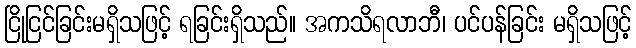
ငြိုငြင်ခြင်းမရှိသဖြင့် ရခြင်းရှိသည်။ အကသိရလာဘီ၊ ပင်ပန်ခြင်း မရှိသဖြင့်